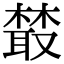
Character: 樷